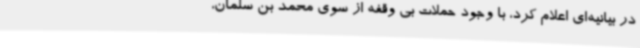
در بیانیه‌ای اعلام کرد، با وجود حملات بی وقفه از سوی محمد بن سلمان،